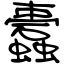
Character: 蠹